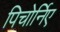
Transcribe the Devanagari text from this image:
पिचोर्निए